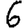
Digit: 6